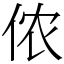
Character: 侬